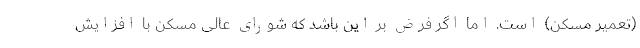
(تعمیر مسکن) است. اما اگر فرض بر این باشد که شورای عالی مسکن با افزایش